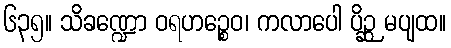
၆၃၅။ သိခဏ္ဍော ဝရဟဉ္စေဝ၊ ကလာပေါ ပိဉ္ဆ မပျထ။